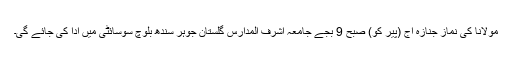
مولانا کی نماز جنازہ آج (پیر کو) صبح 9 بجے جامعہ اشرف المدارس گلستان جوہر سندھ بلوچ سوسائٹی میں ادا کی جائے گی۔